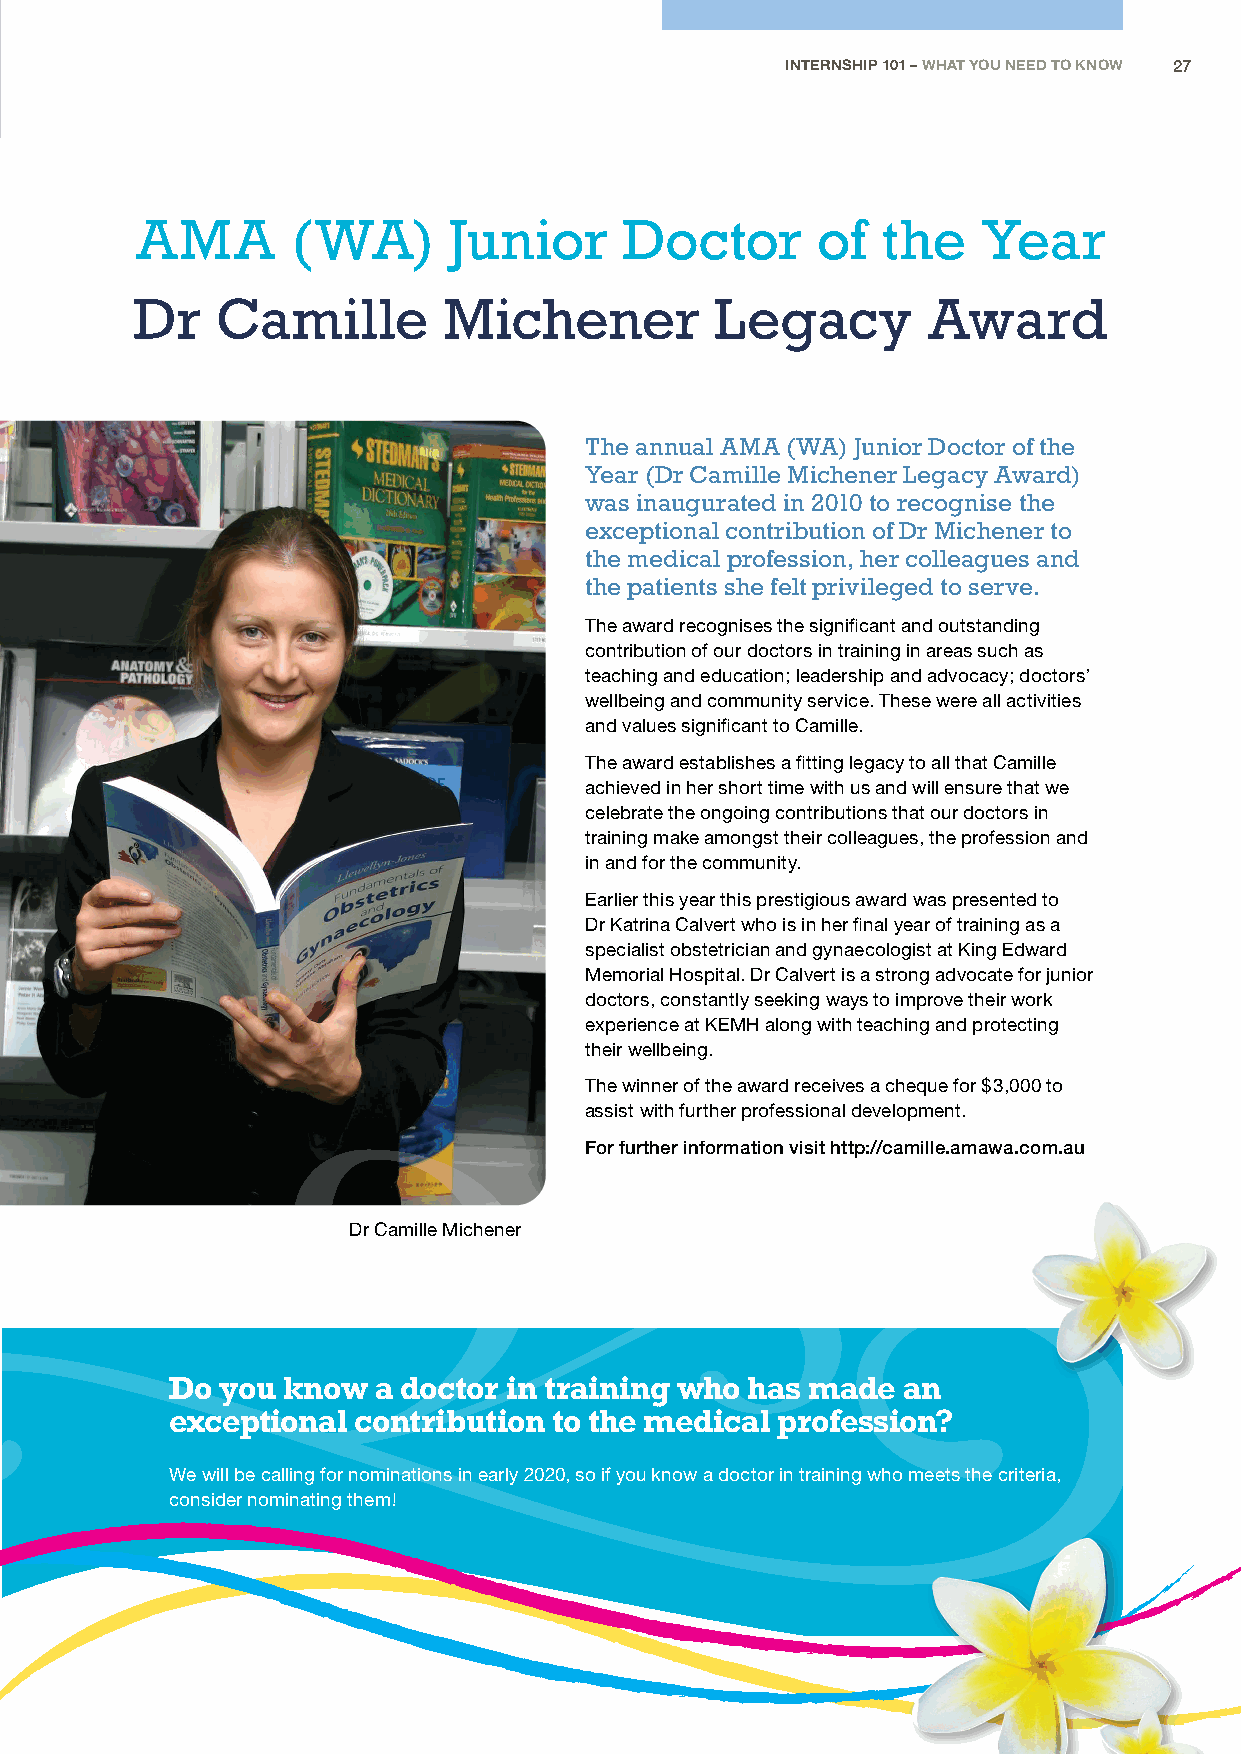
INTERNSHIP 101 – WHAT YOU NEED TO KNOW 27
 AMA       (WA)       Junior     Doctor       of  the    Year
 Dr   Camille        Michener          Legacy        Award
 As a member of the Australian Medical Association (WA),
 you are part of a strong network of health professionals.
 The annual AMA (WA) Junior Doctor of the
 We support your journey as a Doctor no matter
 Year (Dr Camille Michener Legacy Award)
 what stage of career you are at.       was inaugurated in 2010 to recognise the
 exceptional contribution of Dr Michener to
 the medical profession, her colleagues and
 the patients she felt privileged to serve.
 1 Advocacy
 The award recognises the significant and outstanding
 AMA (WA) promotes and advocates on behalf of the medical
 contribution of our doctors in training in areas such as
 community of WA. We support you to shape the future of your
 teaching and education; leadership and advocacy; doctors’
 profession and the healthcare industry. wellbeing and community service. These were all activities
 and values significant to Camille.
 2
 Workplace Relations/Industrial Support The award establishes a fitting legacy to all that Camille
 achieved in her short time with us and will ensure that we
 Our specialist workplace and industrial relations team are dedicated
 celebrate the ongoing contributions that our doctors in
 to ensure you’re getting a fair deal in your pay and conditions. training make amongst their colleagues, the profession and
 in and for the community.
 3 Member Events, Training & Professional Development Earlier this year this prestigious award was presented to
 Dr Katrina Calvert who is in her final year of training as a
 Get exclusive access to member events. Build your skills
 specialist obstetrician and gynaecologist at King Edward
 and knowledge through our educational seminars and symposia.
 Memorial Hospital. Dr Calvert is a strong advocate for junior
 (free for members)                     doctors, constantly seeking ways to improve their work
 experience at KEMH along with teaching and protecting
 their wellbeing.
 4 News and Information
 The winner of the award receives a cheque for $3,000 to
 Stay informed through our range of member publications such as assist with further professional development.
 Medicus, The Medical Journal of Australia, Med e-link and more.
 For further information visit http://camille.amawa.com.au
 5 Resources
 Dr Camille Michener
 Access to resources to assist you in your career:
 AMA List of Medical Services and Fees, Career Advice Hub, Contract
 Templates, UpToDate, AMA (WA) Police Medical Identification Card.
 Do  you know  a doctor in training who has made  an
 exceptional contribution  to the medical profession?
 Let AMA (WA) support you, your career
 We will be calling for nominations in early 2020, so if you know a doctor in training who meets the criteria,
 and your practice. Join today!
 consider nominating them!
 For a full list of our member benefits or to join, visit www.amawa.com.au